Civil Veterinary Department. United Provinces 1912-22 - 1912-1922
Year: 1912
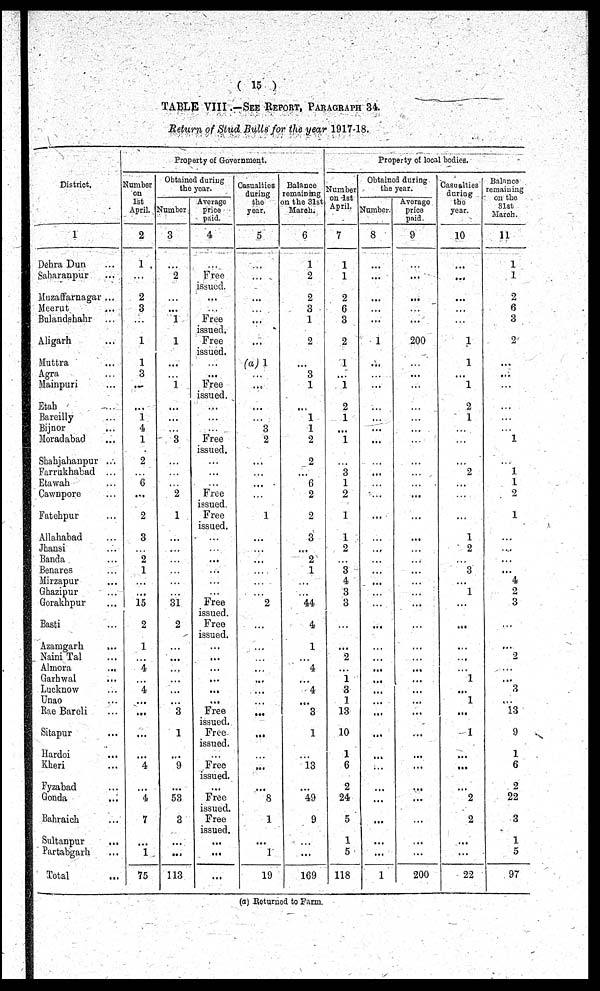
(15)
TABLE VIII.—See Report, Paragraph 34.
Return of Stud Bulls for the year 1917-18.
District.
1
Dehra Dun ...
Saharanpur ...
Muzaffarnagar ...
Meerut ...
Bulandshahr ...
Aligarh ...
Muttra ...
Agra ...
Mainpuri ...
Etah ...
Bareilly ...
Bijnor ...
Moradabad ...
Shabjahanpur ...
Farrukhabad ...
Etawah ...
Cawnpore ...
Fatehpur ...
Allahabad ...
Jhansi ...
Banda ...
Benares ...
Mirzapur ...
Ghazipur ...
Gorakhpur ...
Basti ...
Azamgarh
...
Naini Tal ...
Almora ...
Garhwal ...
Lucknow ...
Unao ...
Rae Bareli ...
Sitapur ...
Hardoi ...
Kheri ...
Fyzabad ...
Gonda ...
Bahraich ...
Sultanpur ...
Partabgarh ...
Total ...
Property of Government.
Number
on
1st
April.
2
1
...
...
2
3
...
1
1
3
...
1
4
1
2
...
6
...
2
...
3
...
2
1
...
...
15
2
1
...
4
...
4
...
...
...
...
4
...
4
7
...
1
75
Obtained during
the year.
Number
3
...
2
...
...
...
1
1
...
1
...
...
...
3
...
...
...
2
1
...
...
...
...
...
...
...
31
2
...
...
...
...
...
...
3
1
...
9
...
53
3
...
...
113
Average
price
paid.
4
...
Free
issued.
...
...
Free
issued.
Free
issued.
...
Free
issued.
...
...
...
Free
issued.
...
...
...
Free
issued.
Free
issued.
...
...
...
...
Free
issued.
Free
issued.
...
...
...
...
...
...
Free
issued.
Free
issued.
Free
issued.
...
Free
issued.
Free
issued.
...
...
...
Casualties
during
the
year.
5
...
...
...
...
...
(a) 1
...
......
......
...
3
2
...
...
...
...
1
...
...
...
...
...
...
...
2
...
...
...
...
...
...
...
...
...
...
8
1
...
1
19
Balance
remaining
on the 31st
March.
6
1
2
2
3
1
2
...
3
1
...
1
1
2
2
...
6
2
2
...
3
...
2
1
...
...
44
4
1
...
4
...
4
...
3
1
13
...
49
9
...
...
169
Prop
erty of local
bodies.
Number
on 1st
April.
7
1
1
2
6
3
2
1
...
1
2
1
...
1
...
3
1
2
1
...
1
2
...
3
4
3
3
...
2
...
1
3
1
13
10
1
6
2
24
5
1
5
118
Obtaine
the during
year.
Number.
8
...
...
...
...
...
1
...
...
...
...
...
...
...
...
...
...
...
...
...
...
...
...
...
...
...
...
...
...
...
...
...
...
...
...
...
...
...
...
...
1
Average
price
paid.
9
...
...
...
...
...
200
...
...
...
...
...
...
...
...
...
...
...
...
...
...
...
...
...
...
...
...
...
...
...
...
...
...
...
...
...
...
...
...
...
...
...
200
Casualties
during
the
year.
10
...
...
...
...
...
1
1
...
1
2
1
...
...
...
2
...
...
...
...
1
2
...
3
...
1
...
...
...
...
...
1
...
1
...
1
...
...
...
2
2
...
...
22
Balance
romaining
on the
31st
March.
11
1
1
2
6
3
2
...
...
...
...
...
1
...
1
1
2
1
...
...
...
...
...
4
2
3
...
2
...
...
3
...
13
9
1
6
2
22
3
1
5
97
(a) Returned to Farm.